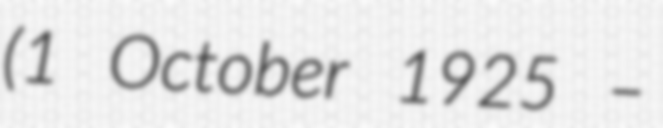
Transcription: (1 October 1925 –